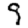
Digit: 9